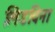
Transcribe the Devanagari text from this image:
लिडविना